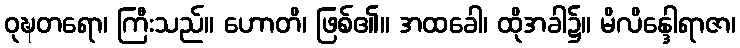
ဝုဍ္ဎတရော၊ ကြီးသည်။ ဟောတိ၊ ဖြစ်၏။ အထခေါ၊ ထိုအခါ၌။ မိလိန္ဒေါရာဇာ၊